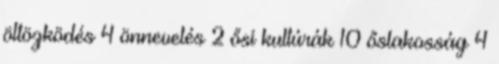
öltözködés 4 önnevelés 2 ősi kultúrák 10 őslakosság 4